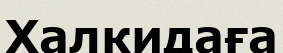
Халкидаға